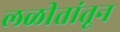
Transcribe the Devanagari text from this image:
लळीतांतून